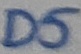
Text: D5